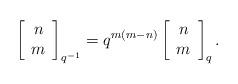
LaTeX: \begin{align*}\left[ \begin{array}{c} n \\ m \end{array} \right]_{q^{-1}}=q^{m(m-n)}\left[ \begin{array}{c} n \\ m \end{array} \right]_{q}.\end{align*}